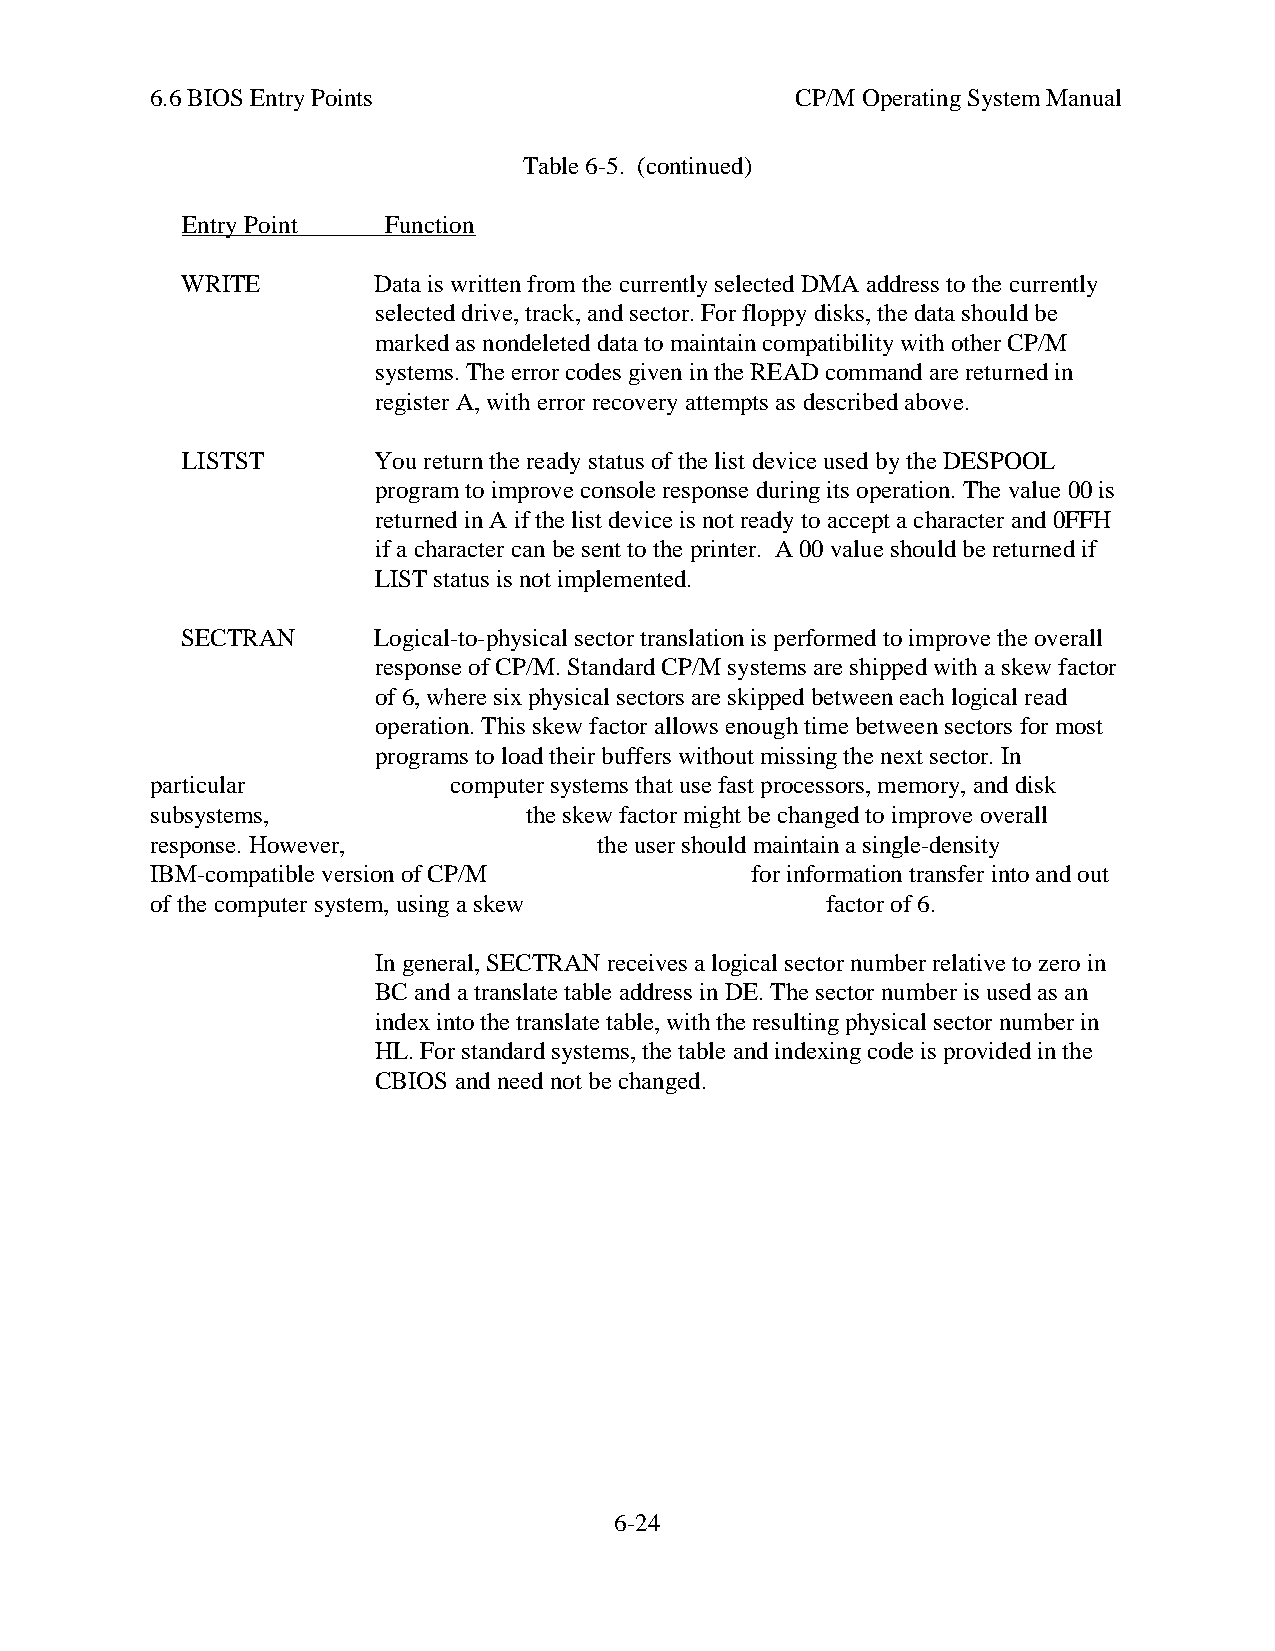
6.6 BIOS Entry Points                      CP/M Operating System Manual
 Table 6-5. (continued)
 Entry Point   Function
 WRITE        Data is written from the currently selected DMA address to the currently
 selected drive, track, and sector. For floppy disks, the data should be
 marked as nondeleted data to maintain compatibility with other CP/M
 systems. The error codes given in the READ command are returned in
 register A, with error recovery attempts as described above.
 LISTST       You return the ready status of the list device used by the DESPOOL
 program to improve console response during its operation. The value 00 is
 returned in A if the list device is not ready to accept a character and 0FFH
 if a character can be sent to the printer. A 00 value should be returned if
 LIST status is not implemented.
 SECTRAN      Logical-to-physical sector translation is performed to improve the overall
 response of CP/M. Standard CP/M systems are shipped with a skew factor
 of 6, where six physical sectors are skipped between each logical read
 operation. This skew factor allows enough time between sectors for most
 programs to load their buffers without missing the next sector. In
 particular          computer systems that use fast processors, memory, and disk
 subsystems,              the skew factor might be changed to improve overall
 response. However,            the user should maintain a single-density
 IBM-compatible version of CP/M          for information transfer into and out
 of the computer system, using a skew         factor of 6.
 In general, SECTRAN receives a logical sector number relative to zero in
 BC and a translate table address in DE. The sector number is used as an
 index into the translate table, with the resulting physical sector number in
 HL. For standard systems, the table and indexing code is provided in the
 CBIOS and need not be changed.
 6-24